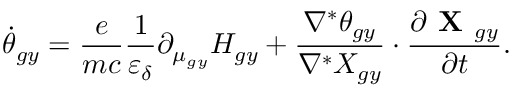
\dot { \theta } _ { g y } = \frac { e } { m c } \frac { 1 } { \varepsilon _ { \delta } } \partial _ { \mu _ { g y } } H _ { g y } + \frac { \nabla ^ { * } \theta _ { g y } } { \nabla ^ { * } X _ { g y } } \boldsymbol { \cdot } \frac { \partial \textbf { X } _ { g y } } { \partial t } .